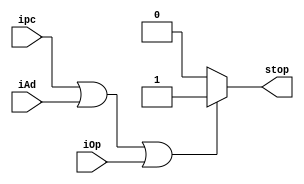
module cpustop(
    input ipc,
    input iAd,
    input iOp,
    output reg stop
);

always @(*)
if(ipc | iAd | iOp) begin
  stop = 1'b1;
end else begin
  stop = 1'b0;
end

endmodule